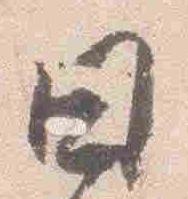
日